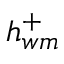
h _ { w m } ^ { + }